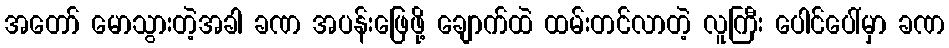
အတော် မောသွားတဲ့အခါ ခဏ အပန်းဖြေဖို့ ချောက်ထဲ ထမ်းတင်လာတဲ့ လူကြီး ပေါင်ပေါ်မှာ ခဏ